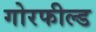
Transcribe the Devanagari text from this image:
गोरफील्ड